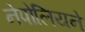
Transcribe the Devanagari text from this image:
नेपोलियने